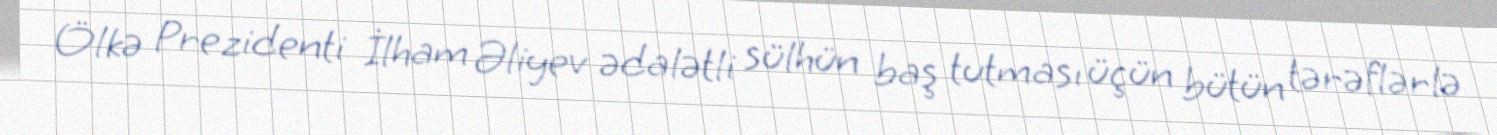
Ölkə Prezidenti İlham Əliyev ədalətli sülhün baş tutması üçün bütün tərəflərlə